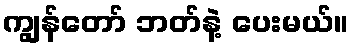
ကျွန်တော် ဘတ်နဲ့ ပေးမယ်။